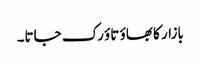
بازار کا بھاؤ تاؤ رک جاتا۔